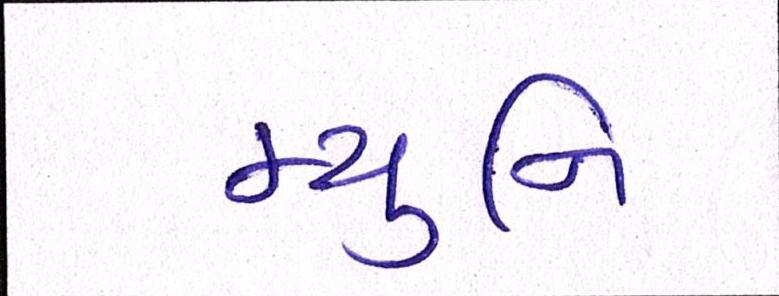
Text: મ્યુનિ